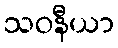
သဝနီယာ